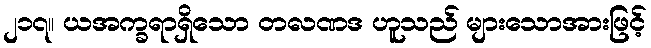
၂၁၇။ ယအက္ခရာရှိသော တလဏဒ ဟူသည် များသောအားဖြင့်